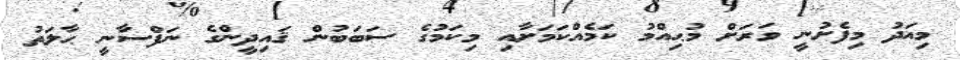
މިއަދު މިފެށުނީ ވަރަށް މުޙިއްމު ކަމެއްކަމަށާއި މިކަމުގެ ސަބަބުން ޤައިދީންގެ ނަފްސާނީ ޙާލަތު